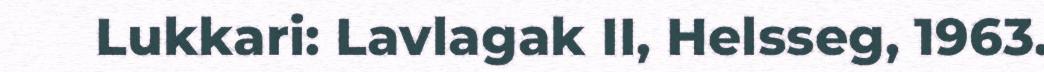
Lukkari: Lavlagak II, Helsseg, 1963.